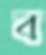
ব